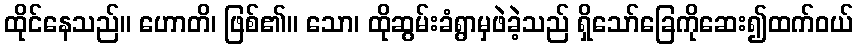
ထိုင်နေသည်။ ဟောတိ၊ ဖြစ်၏။ သော၊ ထိုဆွမ်းခံရွာမှဖဲခဲ့သည် ရှိသော်ခြေကိုဆေး၍ထက်ဝယ်